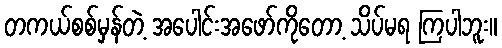
တကယ်စစ်မှန်တဲ့ အပေါင်းအဖော်ကိုတော့ သိပ်မရ ကြပါဘူး။